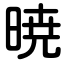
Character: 暁